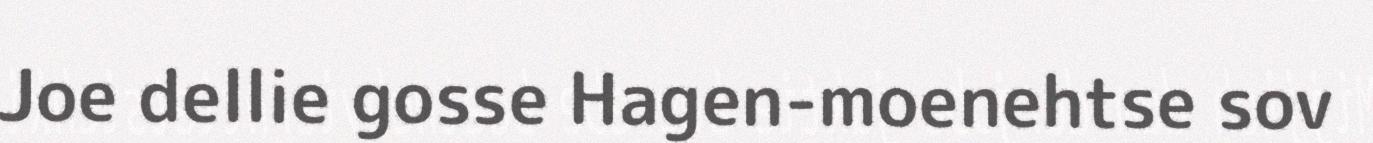
Joe dellie gosse Hagen-moenehtse sov